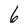
Character: 6